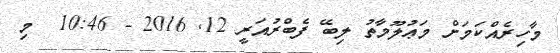
މާހިރެއްކަމަށް މަޢުލޫމާތު ލިބޭ ފެބްރުއަރީ 12